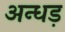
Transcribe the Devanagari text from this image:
अन्धड़